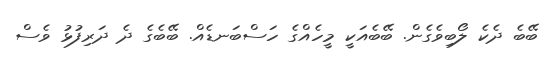
ބޭބެ ދެކެ ލޯބިވެގެން. ބޭބެއަކީ މީހެއްގެ ހަސްބަނޑެއް. ބޭބެގެ ދެ ދަރިފުޅު ވެސް